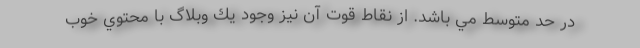
در حد متوسط مي باشد. از نقاط قوت آن نيز وجود يك وبلاگ با محتوي خوب